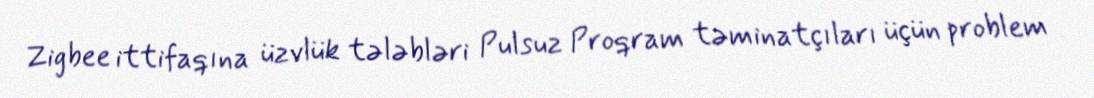
Zigbee ittifaqına üzvlük tələbləri Pulsuz Proqram təminatçıları üçün problem